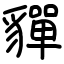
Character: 貚